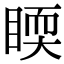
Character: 𥈇